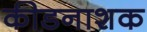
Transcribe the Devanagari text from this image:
कीडनाशक